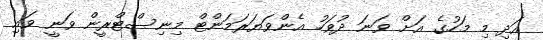
އަދި މި މަހުގެ އަށް ވަނަ ދުވަހު އެންވަޔަރަމަންޓް މިނިސްޓްރީން ވަނީ ވައި